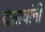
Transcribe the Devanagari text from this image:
देसायांनी